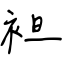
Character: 袒